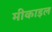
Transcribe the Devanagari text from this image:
मीकाइल